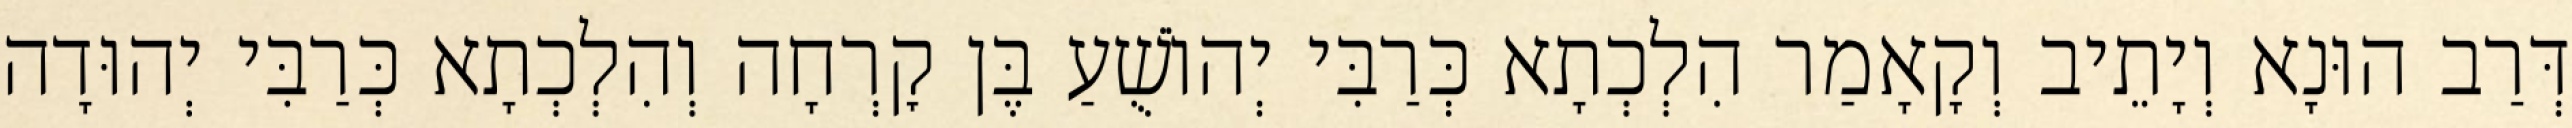
דְּרַב הוּנָא וְיָתֵיב וְקָאָמַר הִלְכְתָא כְּרַבִּי יְהוֹשֻׁעַ בֶּן קׇרְחָה וְהִלְכְתָא כְּרַבִּי יְהוּדָה